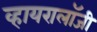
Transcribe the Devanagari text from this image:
व्हायरालॉजी